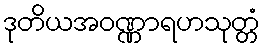
ဒုတိယအဝဏ္ဏာရဟသုတ္တံ